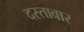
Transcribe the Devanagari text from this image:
दस्तावार